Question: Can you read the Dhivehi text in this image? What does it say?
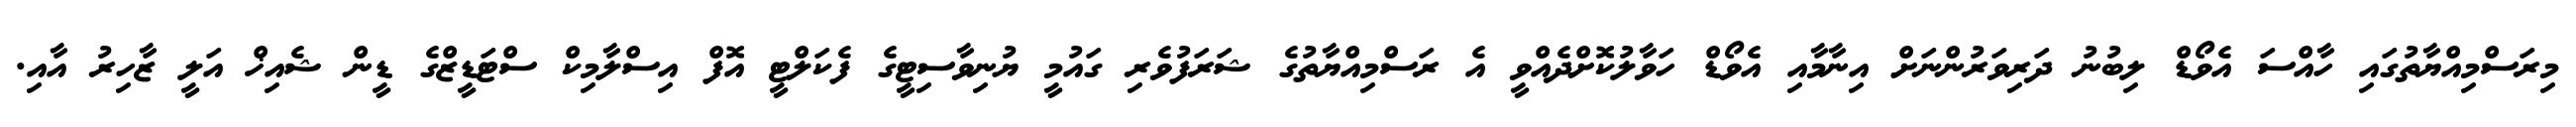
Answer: މިރަސްމިއްޔާތުގައި ހާއްސަ އެވޯޑް ލިބުނު ދަރިވަރުންނަށް އިނާމާއި އެވޯޑް ހަވާލުކޮށްދެއްވީ އެ ރަސްމިއްޔާތުގެ ޝަރަފުވެރި ގައުމީ ޔުނިވާސިޓީގެ ފެކަލްޓީ އޮފް އިސްލާމިކް ސްޓަޑީޒްގެ ޑީން ޝެއިޚް އަލީ ޒާހިރު އާއި.